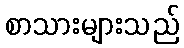
စာသားများသည်